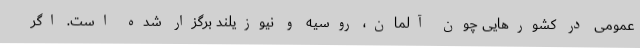
عمومی در کشورهایی چون آلمان، روسیه و نیوزیلند برگزار شده است. اگر